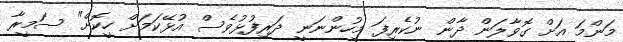
މަންމަ އަށް ގޮވާލަން ދާން ނުކެރިފަ މިހުންނަނީ ދަރިފުޅުވެސް އުޅޭކަމަށް ހީކޮށް" ސަމީރާ